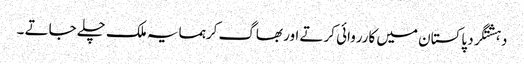
دہشتگرد پاکستان میں کارروائی کرتے اور بھاگ کرہمسایہ ملک چلے جاتے ۔